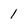
Character: 1